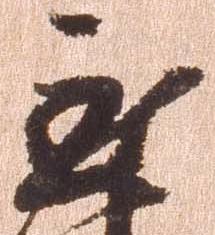
至